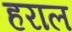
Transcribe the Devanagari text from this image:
हराल